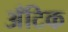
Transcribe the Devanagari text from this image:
अँटिक